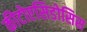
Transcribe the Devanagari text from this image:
कीटोएसिडोसिस